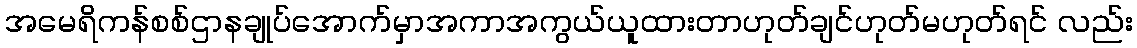
အမေရိကန်စစ်ဌာနချုပ်အောက်မှာအကာအကွယ်ယူထားတာဟုတ်ချင်ဟုတ်မဟုတ်ရင် လည်း